Vaccination in Burma 1889-1999 - 1889-1999
Year: 1889
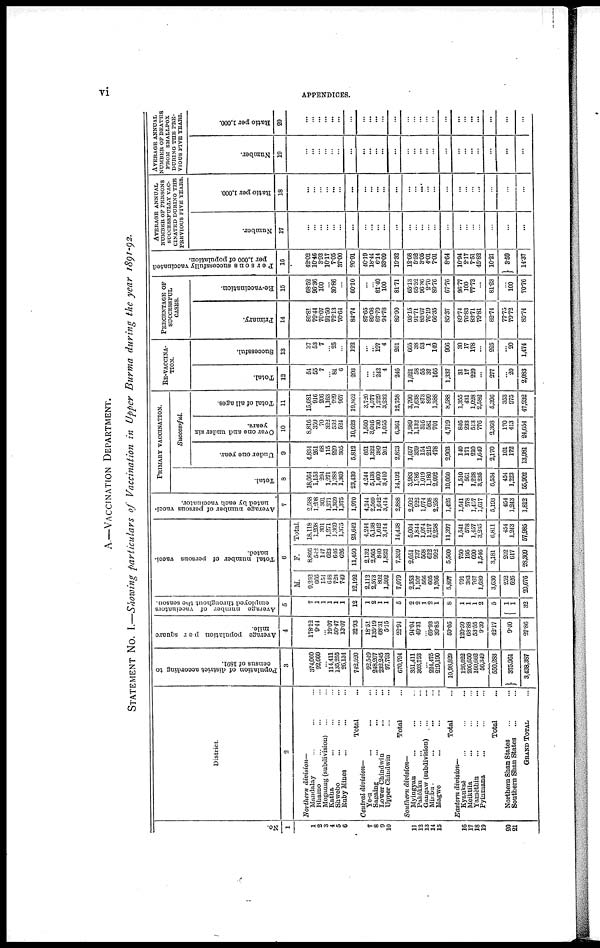
vi
APPENDICES.
A.—VACCINATION DEPARTMENT.
STATEMENT No. I.—Showing particulars of Vaccination in Upper Burma during the year 1891-92.
No.
1
1
2
3
4
5
6
7
8
9
10
11
12
13
14
15
16
17
18
19
20
21
District.
2
Northern division—
Mandalay ... ...
Bhamo ... ...
Mogaung (subdivision) ... ...
Katha ... ...
Shwebo ... ...
Baby Mines ... ...
Total ...
Central division—
Ye-u ... ...
Sagaing ... ...
Lower Chindwin ... ...
Upper Chindwin ... ...
Total ...
Southern division—
Myingyan ... ...
Pakôkka ... ...
Gangaw (subdivision) ... ...
Minbu ... ...
Magwe ... ...
Total ...
Eastern division—
Kyauksè ... ...
Meiktila ... ...
Yamèthin ... ...
Pyinmana ... ...
Total ...
Northern Shan States ... ...
Southern Shan States ... ...
GRAND TOTAL ...
Population of district according to
census of 1891.
3
374,060
92,660
...
114,411
135,255
26,134
742,520
92,549
248,207
232,245
97,793
670,794
351,411
303,753
...
224,475
219,190
10,98,829
126,622
206,650
160,662
56,349
550,283
375,961
3,438,387
Average population per square
mile.
4
178.12
9.44
...
19.07
50.47
13.07
32.93
18.51
135.19
68.31
5.15
22.94
94.04
49.31
...
69.93
39.85
59.05
120.59
68.88
53.55
9.39
42.17
9.40
27.86
Average number of vaccinators
employed throughout the season.
5
7
1
1
1
1
1
12
1
2
1
1
5
2
2
1
2
1
8
1
1
1
2
5
1
1
32
Total number of persons vacci-
nated.
6
M.
9,252
666
154
648
723
749
12,192
2,112
2,573
802
1,592
7,079
2,353
1,107
566
605
1,266
5,897
791
383
767
1,689
3,630
252
626
29,676
F.
8,866
542
147
623
646
626
11,450
2,132
2,565
840
1,822
7,359
2,651
737
508
612
992
5,500
750
195
690
1,546
3,181
202
617
28,309
Total.
18,118
1,208
301
1,271
1,369
1,375
23,642
4,244
5,138
1,642
3,414
14,438
5,004
1,844
1,074
1,217
2,258
11,397
1,541
578
1,457
3,235
6,811
454
1,243
57,985
Average number of persons vacci-
nated by each vaccinator.
7
2,588
1,208 301
1,271
1,369
1,375
1,970
4,244
2,569
1,642
3,414
2,888
2,502
922
1,074
608
2,258
1,425
1,541
578
1,457
1,617
5,193
454
1,243
1,812
PRIMARY VACCINATION.
Total.
8
18,064
1,153
294
1,271
1,288
1,369
23,439
4,244
5,138
1,400
3,410
14,192
3,983
1,786
1,019
1,180
2,092
10,060
1,510
561
1,228
3,235
6,534
454
1,223
55,902
Successful
Under one year.
9
4,834
261
68
115
229
305
5,812
851
1,322
389
261
2,823
1,697
359
154
215
478
2,903
140
171
210
1,649
2,170
101
172
13,981
Over one and under six
years.
10
8,816
359
70
322
532
524
10,623
1,560
3,016
730
1,055
6,361
1,989
1,132
316
581
701
4,719
846
233
513
776
2,368
170
413
24,654
Total of all ages.
11
15,681
916
206
1,163
929
967
19,862
3,720
4,577
1,229
3,232
12,758
3,790
1,638
873
899
1,388
8,588
1,355
431
1,028
2,582
5,396
353
975
47,932
RE-VACCINA-
TION.
Total.
12
54
55
7
...
81
6
203
...
...
242
4
246
1,021
58
55
37
166
1,337
31
17
229
...
277
...
20
2,083
Successful.
13
37
53
7
...
25
...
122
...
...
197
4
201
665
38
53
1
149
906
30
17
178
...
225
...
20
1,474
PERCENTAGE OF
SUCCESSFUL
CASES.
Primary.
14
86.81
79.44
70.07
91.50
72.13
70.64
84.74
87.65
89.08
87.79
94.78
89.90
95.15
91.71
85.67
76.19
66.35
85.37
89.74
76.83
83.71
79.81
82.74
77.75
79.72
85.74
Re-vaccination.
15
68.52
96.36
100
...
30.86
...
60.10
...
...
81.40
100
81.71
65.13
65.52
96.36
2.70
89.76
67.76
96.77
100
77.73
...
81.23
...
100
70.76
Persons successfully vaccinated
per 1,000 of population.
16
42.02
10.46
3.93
10.17
7.05
37.00
26.91
40.19
18.44
...
33.09
19.32
12.68
5.52
3.05
4.01
7.01
8.64
10.94
2.17
7.51
45.82
10.21
3.59
14.37
AVERAGE ANNUAL
NUMBER OF PERSONS
SUCCESSFULLY VAC-
CINATED DURING THE
PREVIOUS FIVE YEARS.
Number.
17
...
...
...
...
...
...
...
...
...
... ...
...
...
...
...
...
...
...
...
...
...
...
...
...
...
Ratio per 1,000.
18
...
...
...
...
...
...
...
...
...
... ...
...
...
...
...
...
...
...
...
...
...
...
...
...
...
AVERAGE ANNUAL
NUMBER OF DEATHS
FROM SMALLPOX
DURING THE PRE-
VIOUS FIVE YEARS.
Number.
19
...
...
...
...
...
...
...
...
...
... ...
...
...
...
...
...
...
...
...
...
...
...
...
...
...
Ratio per 1,000.
20
...
...
...
...
...
...
...
...
...
... ...
...
...
...
...
...
...
...
...
...
...
...
...
...
...